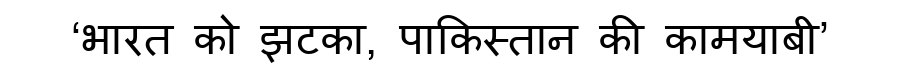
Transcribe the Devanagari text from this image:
‘भारत को झटका, पाकिस्तान की कामयाबी’